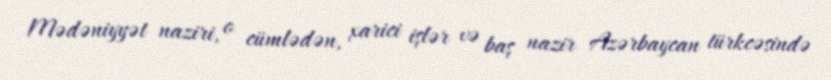
Mədəniyyət naziri, o cümlədən, xarici işlər və baş nazir Azərbaycan türkcəsində